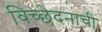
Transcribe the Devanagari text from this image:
विच्छेदनाची